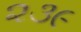
૨૩૯